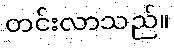
တင်းလာသည်။